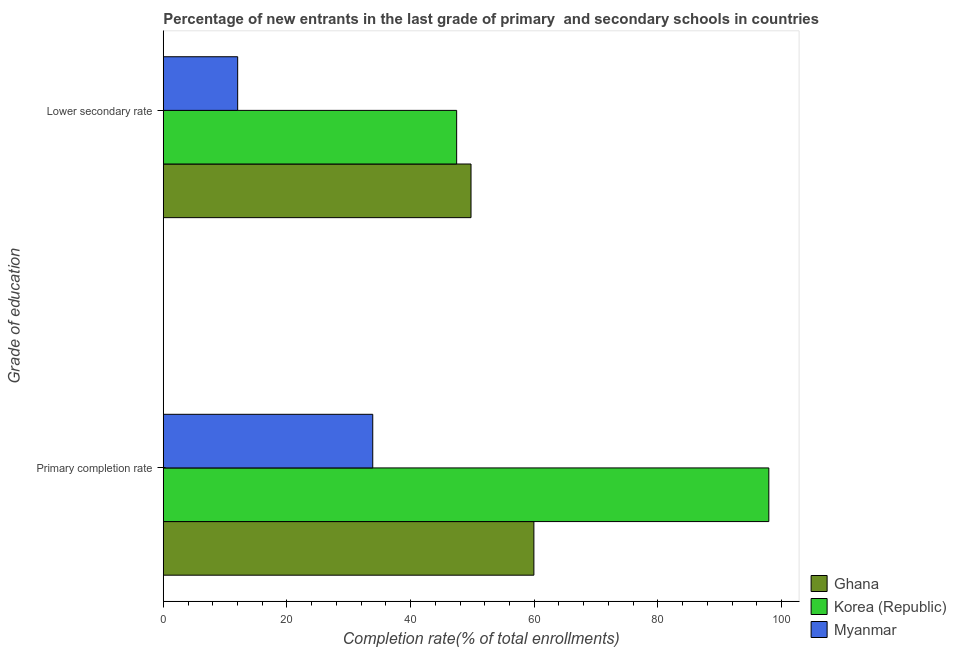
| Grade of education | Ghana | Korea (Republic) | Myanmar |
 | --- | --- | --- | --- |
 | Primary completion rate | 59.9 | 97.9 | 33.9 |
 | Lower secondary rate | 49.8 | 47.5 | 12 |